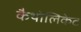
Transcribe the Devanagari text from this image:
कैथोलिकेट